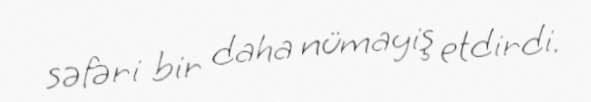
səfəri bir daha nümayiş etdirdi.